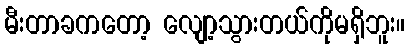
မီးတာခကတော့ လျော့သွားတယ်ကိုမရှိဘူး။